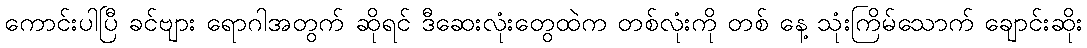
ကောင်းပါပြီ ခင်ဗျား ရောဂါအတွက် ဆိုရင် ဒီဆေးလုံးတွေထဲက တစ်လုံးကို တစ် နေ့ သုံးကြိမ်သောက် ချောင်းဆိုး